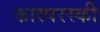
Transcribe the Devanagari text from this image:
कास्परस्की